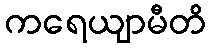
ကရေယျာမီတိ